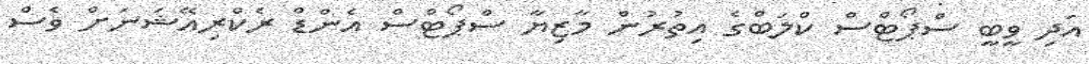
އަދި ވީބީ ސްޕޯޓްސް ކްލަބްގެ އިތުރުން މާޒިޔާ ސްޕޯޓްސް އެންޑް ރެކްރިއޭޝަނަށް ވެސް